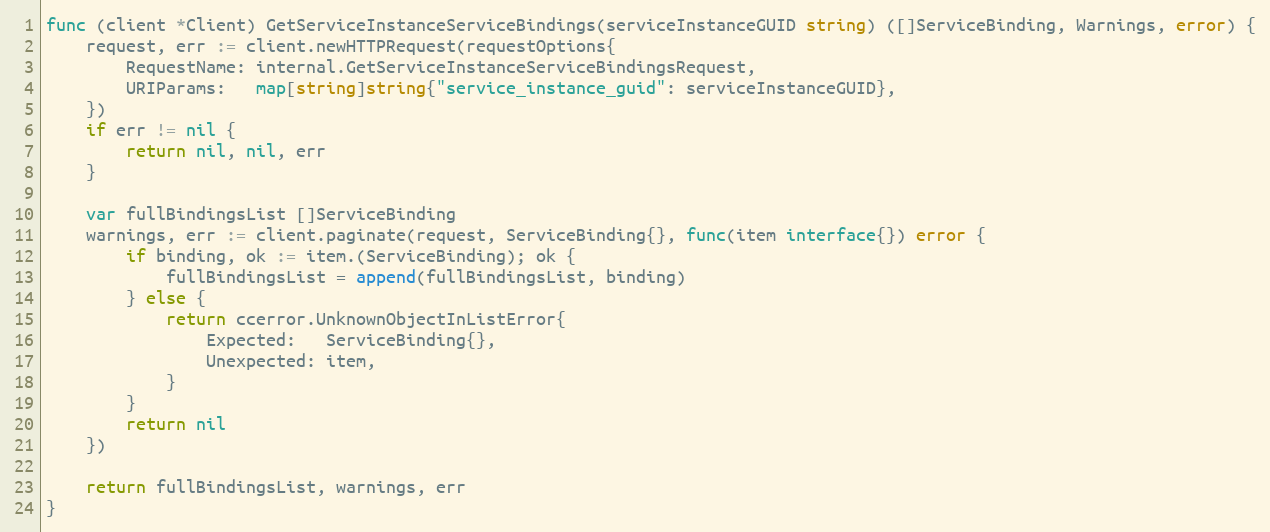
Language: Go
func (client *Client) GetServiceInstanceServiceBindings(serviceInstanceGUID string) ([]ServiceBinding, Warnings, error) {
	request, err := client.newHTTPRequest(requestOptions{
		RequestName: internal.GetServiceInstanceServiceBindingsRequest,
		URIParams:   map[string]string{"service_instance_guid": serviceInstanceGUID},
	})
	if err != nil {
		return nil, nil, err
	}

	var fullBindingsList []ServiceBinding
	warnings, err := client.paginate(request, ServiceBinding{}, func(item interface{}) error {
		if binding, ok := item.(ServiceBinding); ok {
			fullBindingsList = append(fullBindingsList, binding)
		} else {
			return ccerror.UnknownObjectInListError{
				Expected:   ServiceBinding{},
				Unexpected: item,
			}
		}
		return nil
	})

	return fullBindingsList, warnings, err
}